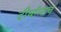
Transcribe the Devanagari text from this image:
दीर्घान्तच